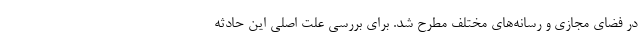
در فضای مجازی و رسانه‌های مختلف مطرح شد. برای بررسی علت اصلی این حادثه